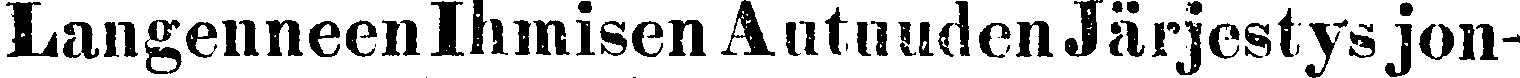
LangenneenlhmisenAutuudenJärjestysjon-